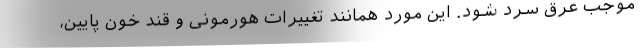
موجب عرق سرد شود. این مورد همانند تغییرات هورمونی و قند خون پایین،